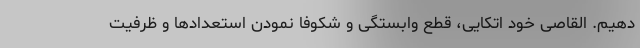
دهیم. القاصی خود اتکایی، قطع وابستگی و شکوفا نمودن استعدادها و ظرفیت